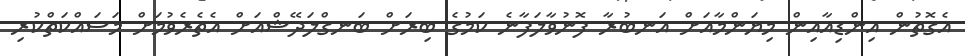
އެގޮތުން އިންޑިއާއިން މިޔަންމާއަށް އަނބުރާ ފޮނުވާލަފާނެ ކަމުގެ ބިރަށް ބަނގްލަދޭޝްއަށް އެތެރެވުމަށް މަސައްކަތްކުރި